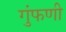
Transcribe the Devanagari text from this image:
गुंफणी